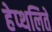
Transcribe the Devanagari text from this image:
हेप्थलिते